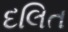
દલિત